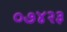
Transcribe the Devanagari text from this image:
०७४२३